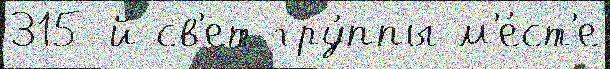
315-й св'ет гру́ппы м'е́ст'е